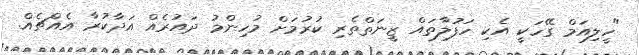
"ހީލިއަމް ގޭހަކީ އެކި ހަފުލާތައް ޒީނަތްތެރި ކުރުމަށް މުހިންމު ދައުރެއް އަދާކުރާ އެއްޗެއް.